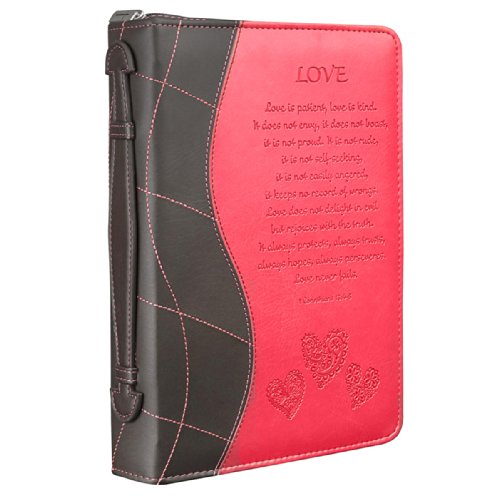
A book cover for Pink "Love" Bible / Book Cover - 1 Corinthians 13:4-8 (Medium); Christian Art Gifts; Christian Books & Bibles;